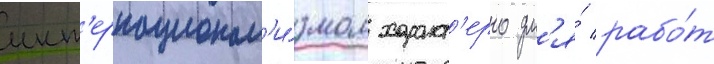
инт'ернационал'и́змом характ'ерно дл'я́ рабо́т